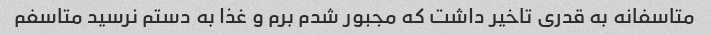
متاسفانه به قدری تاخیر داشت که مجبور شدم برم و غذا به دستم نرسید متاسفم